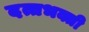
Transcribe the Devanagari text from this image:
दत्तभक्ती